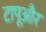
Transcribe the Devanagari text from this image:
टापूऔर